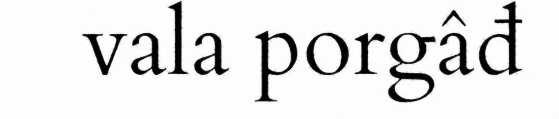
vala porgâđ